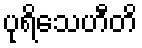
ပုရိသေဟီတိ